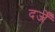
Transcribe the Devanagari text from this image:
दर्जें